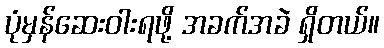
ပုံမှန်ဆေးဝါးရဖို့ အခက်အခဲ ရှိတယ်။